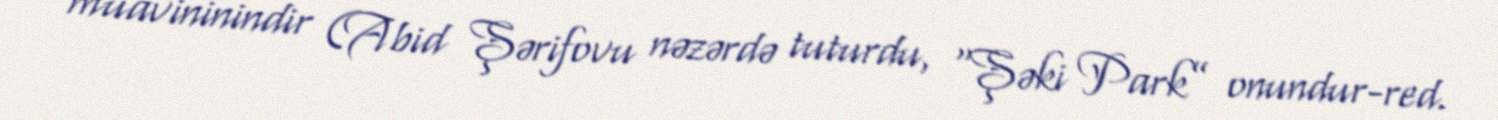
müavininindir (Abid Şərifovu nəzərdə tuturdu, “Şəki Park” onundur-red.